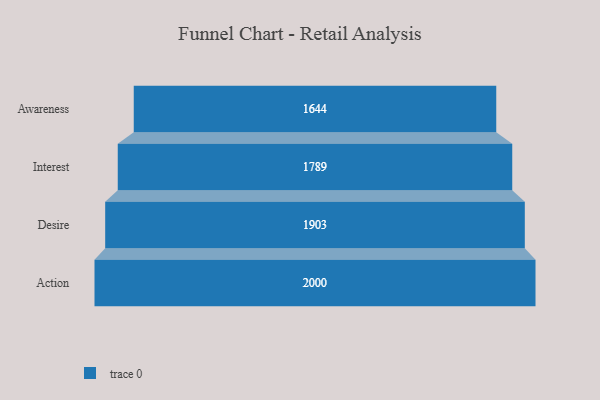
{"axis": {"x": "Stage", "y": "Value"}, "legend": [""], "data": [{"x": "Awareness", "y": 1644.0, "type": ""}, {"x": "Interest", "y": 1789.0, "type": ""}, {"x": "Desire", "y": 1903.0, "type": ""}, {"x": "Action", "y": 2000, "type": ""}]}